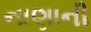
નાણાની